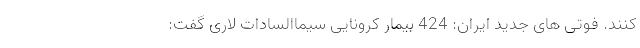
کنند. فوتی های جدید ایران: 424 بیمار کرونایی سیماالسادات لاری گفت: